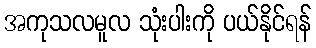
အကုသလမူလ သုံးပါးကို ပယ်နိုင်ရန်